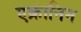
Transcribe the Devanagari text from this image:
एक्रानिन